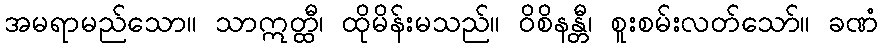
အမရာမည်သော။ သာဣတ္ထီ၊ ထိုမိန်းမသည်။ ဝိစိနန္တီ၊ စူးစမ်းလတ်သော်။ ခဏံ